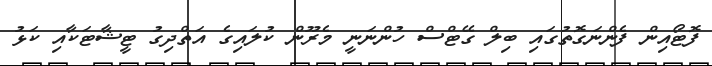
ފޮޓޯއިން ފެންނަގޮތުގައި ބިލް ގޭޓްސް ހުންނަނީ މެރޫން ކުލައިގެ އަތްދިގު ޓީޝާޓަކާއި ކަޅު